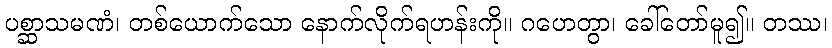
ပစ္ဆာသမဏံ၊ တစ်ယောက်သော နောက်လိုက်ရဟန်းကို။ ဂဟေတွာ၊ ခေါ်တော်မူ၍။ တဿ၊